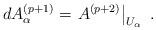
LaTeX: \begin{align*}dA^{(p+1)}_\alpha = \left.A^{(p+2)}\right|_{U_\alpha}\ .\end{align*}